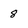
Character: 8